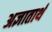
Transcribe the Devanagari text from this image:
अज्ञातार्थ